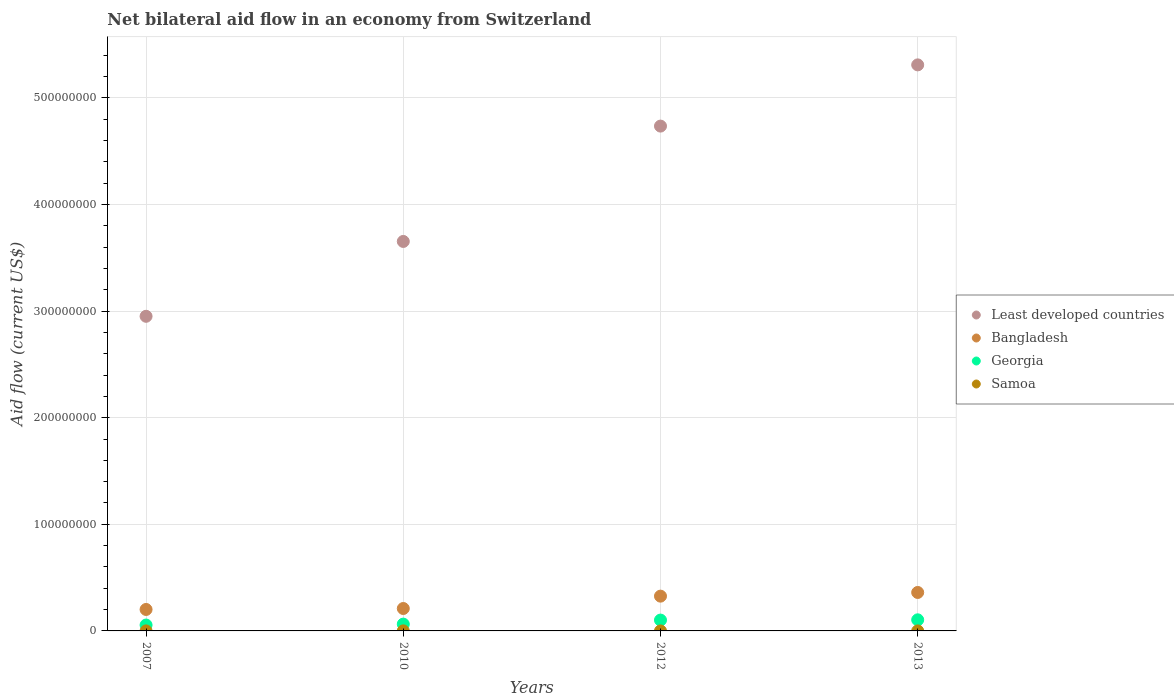
| Years | Least developed countries | Bangladesh | Georgia | Samoa |
 | --- | --- | --- | --- | --- |
 | 2007 | 2.95e+08 | 2.01e+07 | 5.52e+06 | 2e+04 |
 | 2010 | 3.65e+08 | 2.1e+07 | 6.39e+06 | 5e+04 |
 | 2012 | 4.74e+08 | 3.26e+07 | 1.02e+07 | 1e+04 |
 | 2013 | 5.31e+08 | 3.61e+07 | 1.04e+07 | 1e+04 |